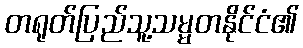
တရုတ်ပြည်သူ့သမ္မတနိုင်ငံ၏